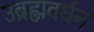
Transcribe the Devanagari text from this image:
उब्रह्मवर्धन